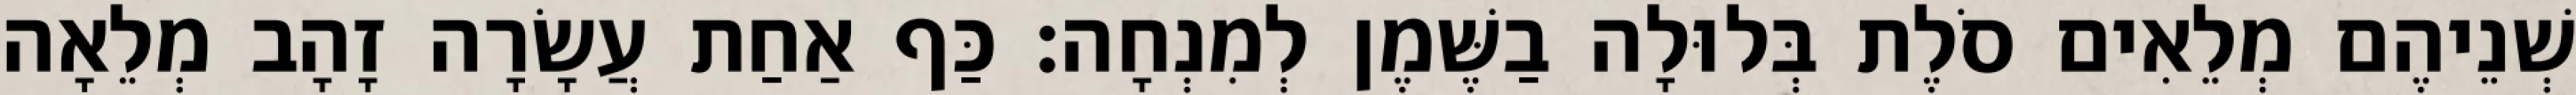
שְׁנֵיהֶם מְלֵאִים סֹלֶת בְּלוּלָה בַשֶּׁמֶן לְמִנְחָה׃ כַּף אַחַת עֲשָׂרָה זָהָב מְלֵאָה